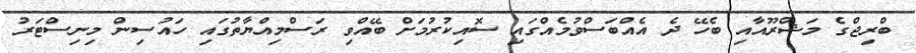
ބްރިޖްގެ މަޝްރޫއާއި ބެހޭ ދެ އެއްބަސްވުމެއްގައި ސޮއިކުރުމަށް ބޭއްވި ރަސްމިއްޔާތުގައި ހައުސިން މިނިސްޓަރު